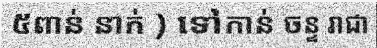
៥ពាន់ នាក់ ) ទៅកាន់ ចន្ទ រាជា